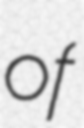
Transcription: of